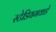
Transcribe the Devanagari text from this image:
स्टेडियमकडे